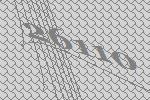
26110